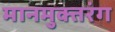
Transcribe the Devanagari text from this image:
मानमुक्तरंग